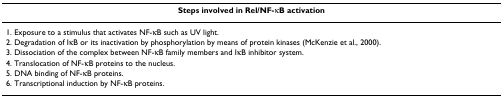
<table><thead><tr><td><b>Steps involved in Rel/NF-κB activation</b></td></tr></thead><tbody><tr><td>1. Exposure to a stimulus that activates NF-κB such as UV light.</td></tr><tr><td>2. Degradation of IκB or its inactivation by phosphorylation by means of protein kinases (McKenzie et al., 2000).</td></tr><tr><td>3. Dissociation of the complex between NF-κB family members and IκB inhibitor system.</td></tr><tr><td>4. Translocation of NF-κB proteins to the nucleus.</td></tr><tr><td>5. DNA binding of NF-κB proteins.</td></tr><tr><td>6. Transcriptional induction by NF-κB proteins.</td></tr></tbody></table>